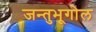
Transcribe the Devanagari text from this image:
जन्तुभूगोल